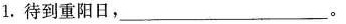
1.待到重阳日，____。